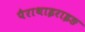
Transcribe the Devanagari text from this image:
पैराथाइराइङ